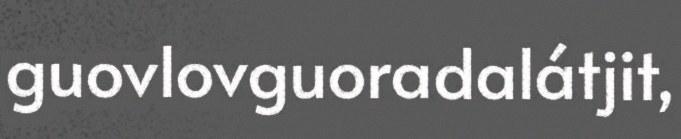
guovlovguoradalátjit,